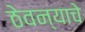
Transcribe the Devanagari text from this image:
ठेवन्याचे